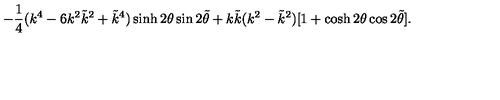
- \frac { 1 } { 4 } ( k ^ { 4 } - 6 k ^ { 2 } \tilde { k } ^ { 2 } + \tilde { k } ^ { 4 } ) \sinh 2 \theta \sin 2 \tilde { \theta } + k \tilde { k } ( k ^ { 2 } - \tilde { k } ^ { 2 } ) [ 1 + \cosh 2 \theta \cos 2 \tilde { \theta } ] .